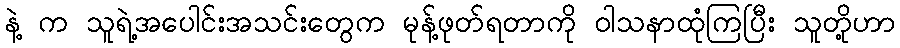
နဲ့ က သူရဲ့အပေါင်းအသင်းတွေက မုန့်ဖုတ်ရတာကို ဝါသနာထုံကြပြီး သူတို့ဟာ